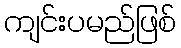
ကျင်းပမည်ဖြစ်